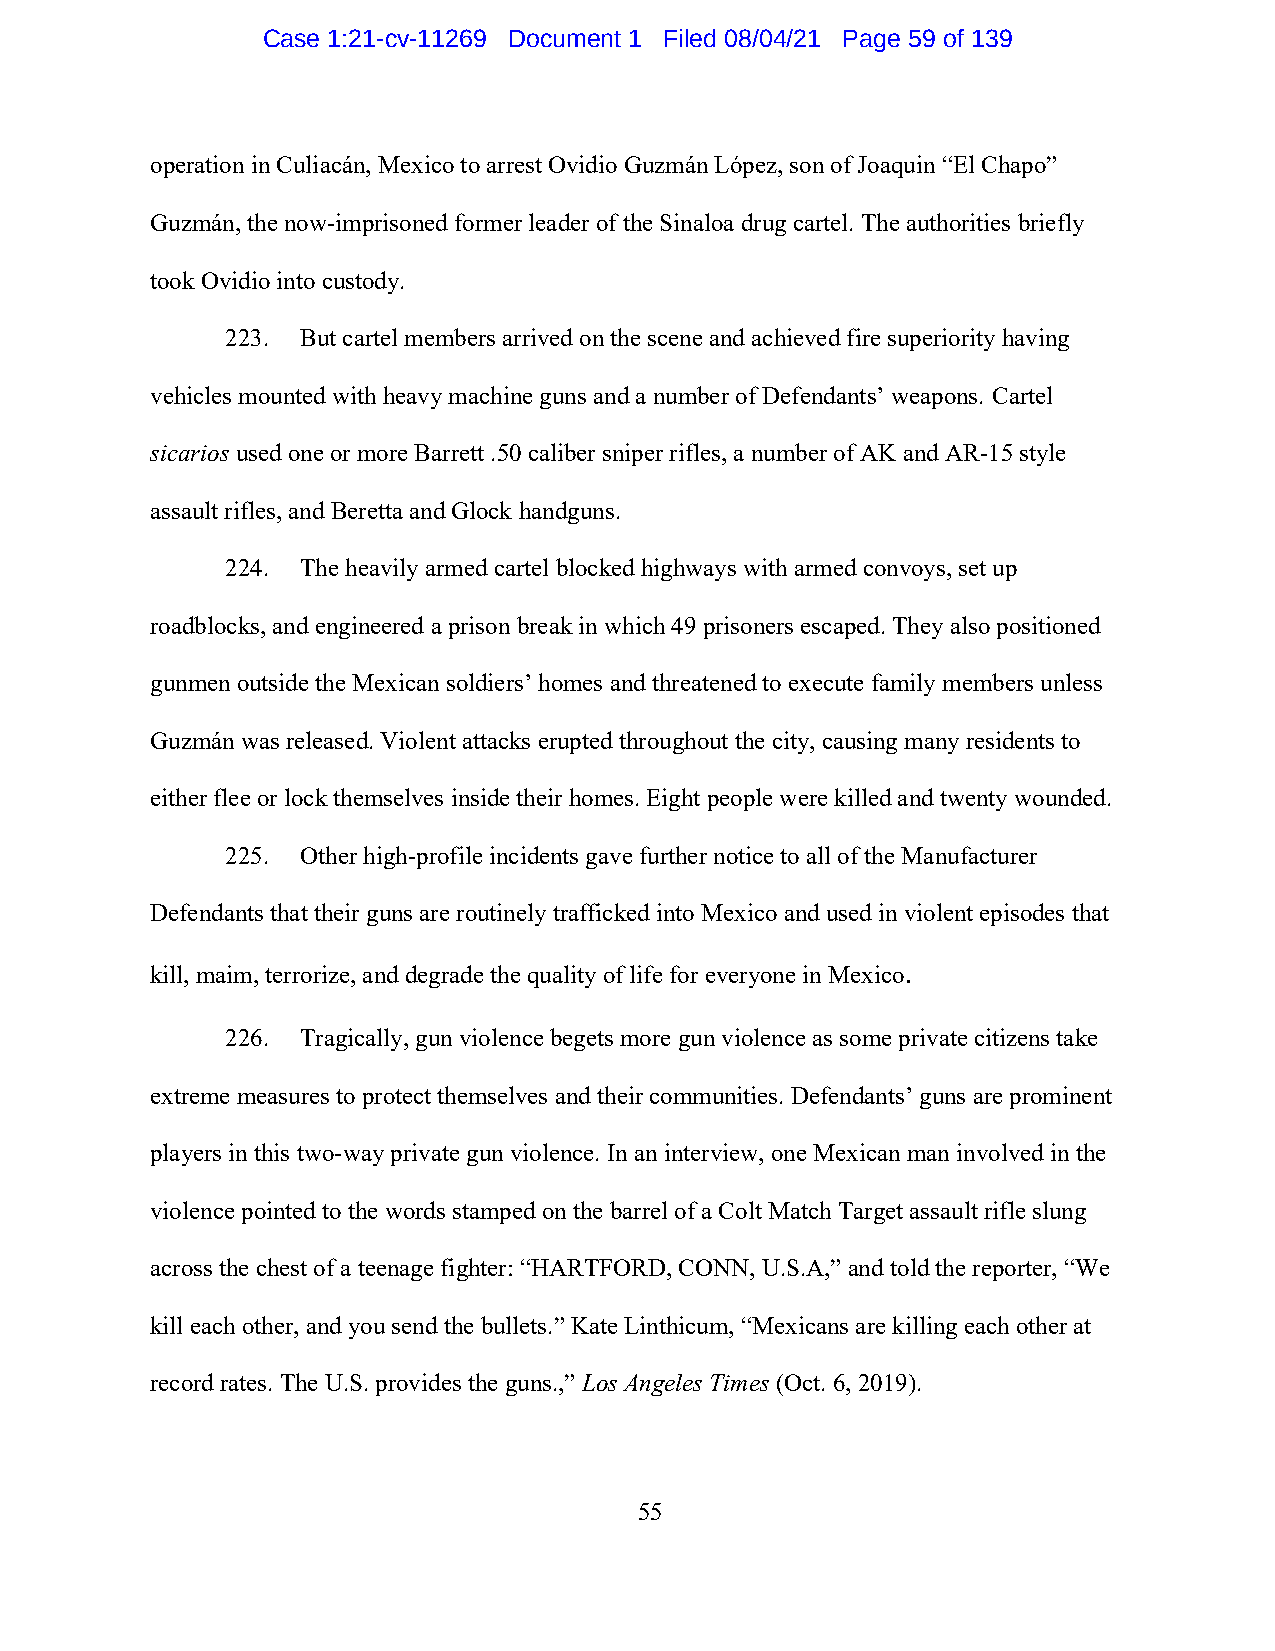
Case 1:21-cv-11269 Document 1 Filed 08/04/21 Page 59 of 139
 operation in Culiacán, Mexico to arrest Ovidio Guzmán López, son of Joaquin “El Chapo”
 Guzmán, the now-imprisoned former leader of the Sinaloa drug cartel. The authorities briefly
 took Ovidio into custody.
 223. But cartel members arrived on the scene and achieved fire superiority having
 vehicles mounted with heavy machine guns and a number of Defendants’ weapons. Cartel
 sicarios used one or more Barrett .50 caliber sniper rifles, a number of AK and AR-15 style
 assault rifles, and Beretta and Glock handguns.
 224. The heavily armed cartel blocked highways with armed convoys, set up
 roadblocks, and engineered a prison break in which 49 prisoners escaped. They also positioned
 gunmen outside the Mexican soldiers’ homes and threatened to execute family members unless
 Guzmán was released. Violent attacks erupted throughout the city, causing many residents to
 either flee or lock themselves inside their homes. Eight people were killed and twenty wounded.
 225. Other high-profile incidents gave further notice to all of the Manufacturer
 Defendants that their guns are routinely trafficked into Mexico and used in violent episodes that
 kill, maim, terrorize, and degrade the quality of life for everyone in Mexico.
 226. Tragically, gun violence begets more gun violence as some private citizens take
 extreme measures to protect themselves and their communities. Defendants’ guns are prominent
 players in this two-way private gun violence. In an interview, one Mexican man involved in the
 violence pointed to the words stamped on the barrel of a Colt Match Target assault rifle slung
 across the chest of a teenage fighter: “HARTFORD, CONN, U.S.A,” and told the reporter, “We
 kill each other, and you send the bullets.” Kate Linthicum, “Mexicans are killing each other at
 record rates. The U.S. provides the guns.,” Los Angeles Times (Oct. 6, 2019).
 55